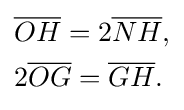
{\begin{aligned}&{\overline {OH}}=2{\overline {NH}},\\&2{\overline {OG}}={\overline {GH}}.\end{aligned}}